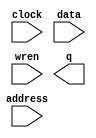
// This program was cloned from: https://github.com/ISKU/FAST9-Accelerator
// License: MIT License

// megafunction wizard: %RAM: 1-PORT%VBB%
// GENERATION: STANDARD
// VERSION: WM1.0
// MODULE: altsyncram 

// ============================================================
// Megafunction Name(s):
// 			altsyncram
//
// Simulation Library Files(s):
// 			altera_mf
// ============================================================
// ************************************************************
// THIS IS A WIZARD-GENERATED FILE. DO NOT EDIT THIS FILE!
//
// 13.1.0 Build 162 10/23/2013 SJ Web Edition
// ************************************************************

//Copyright (C) 1991-2013 Altera Corporation
//Your use of Altera Corporation's design tools, logic functions 
//and other software and tools, and its AMPP partner logic 
//functions, and any output files from any of the foregoing 
//(including device programming or simulation files), and any 
//associated documentation or information are expressly subject 
//to the terms and conditions of the Altera Program License 
//Subscription Agreement, Altera MegaCore Function License 
//Agreement, or other applicable license agreement, including, 
//without limitation, that your use is for the sole purpose of 
//programming logic devices manufactured by Altera and sold by 
//Altera or its authorized distributors.  Please refer to the 
//applicable agreement for further details.

module FS_ScoreMem (
	address,
	clock,
	data,
	wren,
	q);

	input	[14:0]  address;
	input	  clock;
	input	[7:0]  data;
	input	  wren;
	output	[7:0]  q;
`ifndef ALTERA_RESERVED_QIS
// synopsys translate_off
`endif
	tri1	  clock;
`ifndef ALTERA_RESERVED_QIS
// synopsys translate_on
`endif

endmodule

// ============================================================
// CNX file retrieval info
// ============================================================
// Retrieval info: PRIVATE: ADDRESSSTALL_A NUMERIC "0"
// Retrieval info: PRIVATE: AclrAddr NUMERIC "0"
// Retrieval info: PRIVATE: AclrByte NUMERIC "0"
// Retrieval info: PRIVATE: AclrData NUMERIC "0"
// Retrieval info: PRIVATE: AclrOutput NUMERIC "0"
// Retrieval info: PRIVATE: BYTE_ENABLE NUMERIC "0"
// Retrieval info: PRIVATE: BYTE_SIZE NUMERIC "8"
// Retrieval info: PRIVATE: BlankMemory NUMERIC "1"
// Retrieval info: PRIVATE: CLOCK_ENABLE_INPUT_A NUMERIC "0"
// Retrieval info: PRIVATE: CLOCK_ENABLE_OUTPUT_A NUMERIC "0"
// Retrieval info: PRIVATE: Clken NUMERIC "0"
// Retrieval info: PRIVATE: DataBusSeparated NUMERIC "1"
// Retrieval info: PRIVATE: IMPLEMENT_IN_LES NUMERIC "0"
// Retrieval info: PRIVATE: INIT_FILE_LAYOUT STRING "PORT_A"
// Retrieval info: PRIVATE: INIT_TO_SIM_X NUMERIC "0"
// Retrieval info: PRIVATE: INTENDED_DEVICE_FAMILY STRING "Cyclone IV E"
// Retrieval info: PRIVATE: JTAG_ENABLED NUMERIC "0"
// Retrieval info: PRIVATE: JTAG_ID STRING "NONE"
// Retrieval info: PRIVATE: MAXIMUM_DEPTH NUMERIC "0"
// Retrieval info: PRIVATE: MIFfilename STRING ""
// Retrieval info: PRIVATE: NUMWORDS_A NUMERIC "21600"
// Retrieval info: PRIVATE: RAM_BLOCK_TYPE NUMERIC "0"
// Retrieval info: PRIVATE: READ_DURING_WRITE_MODE_PORT_A NUMERIC "3"
// Retrieval info: PRIVATE: RegAddr NUMERIC "1"
// Retrieval info: PRIVATE: RegData NUMERIC "1"
// Retrieval info: PRIVATE: RegOutput NUMERIC "1"
// Retrieval info: PRIVATE: SYNTH_WRAPPER_GEN_POSTFIX STRING "0"
// Retrieval info: PRIVATE: SingleClock NUMERIC "1"
// Retrieval info: PRIVATE: UseDQRAM NUMERIC "1"
// Retrieval info: PRIVATE: WRCONTROL_ACLR_A NUMERIC "0"
// Retrieval info: PRIVATE: WidthAddr NUMERIC "15"
// Retrieval info: PRIVATE: WidthData NUMERIC "8"
// Retrieval info: PRIVATE: rden NUMERIC "0"
// Retrieval info: LIBRARY: altera_mf altera_mf.altera_mf_components.all
// Retrieval info: CONSTANT: CLOCK_ENABLE_INPUT_A STRING "BYPASS"
// Retrieval info: CONSTANT: CLOCK_ENABLE_OUTPUT_A STRING "BYPASS"
// Retrieval info: CONSTANT: INTENDED_DEVICE_FAMILY STRING "Cyclone IV E"
// Retrieval info: CONSTANT: LPM_HINT STRING "ENABLE_RUNTIME_MOD=NO"
// Retrieval info: CONSTANT: LPM_TYPE STRING "altsyncram"
// Retrieval info: CONSTANT: NUMWORDS_A NUMERIC "21600"
// Retrieval info: CONSTANT: OPERATION_MODE STRING "SINGLE_PORT"
// Retrieval info: CONSTANT: OUTDATA_ACLR_A STRING "NONE"
// Retrieval info: CONSTANT: OUTDATA_REG_A STRING "CLOCK0"
// Retrieval info: CONSTANT: POWER_UP_UNINITIALIZED STRING "FALSE"
// Retrieval info: CONSTANT: READ_DURING_WRITE_MODE_PORT_A STRING "NEW_DATA_NO_NBE_READ"
// Retrieval info: CONSTANT: WIDTHAD_A NUMERIC "15"
// Retrieval info: CONSTANT: WIDTH_A NUMERIC "8"
// Retrieval info: CONSTANT: WIDTH_BYTEENA_A NUMERIC "1"
// Retrieval info: USED_PORT: address 0 0 15 0 INPUT NODEFVAL "address[14..0]"
// Retrieval info: USED_PORT: clock 0 0 0 0 INPUT VCC "clock"
// Retrieval info: USED_PORT: data 0 0 8 0 INPUT NODEFVAL "data[7..0]"
// Retrieval info: USED_PORT: q 0 0 8 0 OUTPUT NODEFVAL "q[7..0]"
// Retrieval info: USED_PORT: wren 0 0 0 0 INPUT NODEFVAL "wren"
// Retrieval info: CONNECT: @address_a 0 0 15 0 address 0 0 15 0
// Retrieval info: CONNECT: @clock0 0 0 0 0 clock 0 0 0 0
// Retrieval info: CONNECT: @data_a 0 0 8 0 data 0 0 8 0
// Retrieval info: CONNECT: @wren_a 0 0 0 0 wren 0 0 0 0
// Retrieval info: CONNECT: q 0 0 8 0 @q_a 0 0 8 0
// Retrieval info: GEN_FILE: TYPE_NORMAL FS_ScoreMem.v TRUE
// Retrieval info: GEN_FILE: TYPE_NORMAL FS_ScoreMem.inc FALSE
// Retrieval info: GEN_FILE: TYPE_NORMAL FS_ScoreMem.cmp FALSE
// Retrieval info: GEN_FILE: TYPE_NORMAL FS_ScoreMem.bsf FALSE
// Retrieval info: GEN_FILE: TYPE_NORMAL FS_ScoreMem_inst.v FALSE
// Retrieval info: GEN_FILE: TYPE_NORMAL FS_ScoreMem_bb.v TRUE
// Retrieval info: LIB_FILE: altera_mf